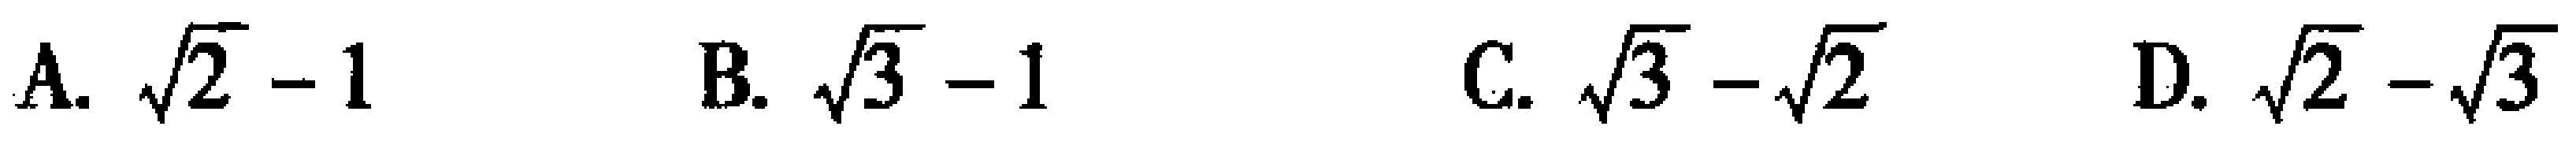
A. $\sqrt{2}-1$  B. $\sqrt{3}-1$  C. $\sqrt{3}-\sqrt{2}$  D. $\sqrt{2}-\sqrt{3}$